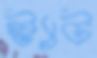
স্ট্যাট